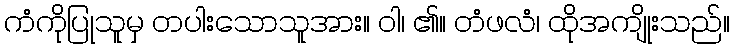
ကံကိုပြုသူမှ တပါးသောသူအား။ ဝါ၊ ၏။ တံဖလံ၊ ထိုအကျိုးသည်။